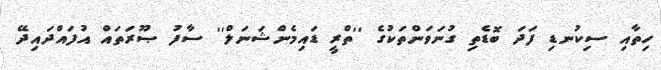
ހިތާއި ސިކުނޑި ފަދަ ބޮޑެތި ގުނަވަންތަކުގެ ''ތްރީ ޑައިމެންޝަނަލް'' ސާފު ޞޫރަތައް އުފައްދައިދޭ